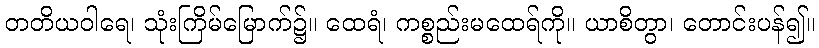
တတိယဝါရေ၊ သုံးကြိမ်မြောက်၌။ ထေရံ၊ ကစ္စည်းမထေရ်ကို။ ယာစိတွာ၊ တောင်းပန်၍။